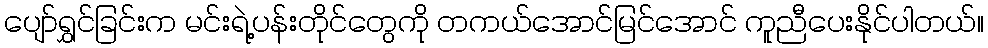
ပျော်ရွှင်ခြင်းက မင်းရဲ့ပန်းတိုင်တွေကို တကယ်အောင်မြင်အောင် ကူညီပေးနိုင်ပါတယ်။